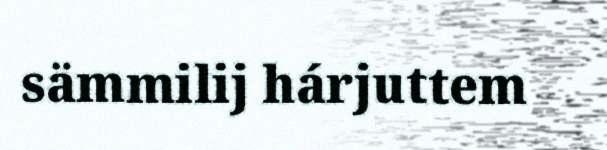
sämmilij hárjuttem